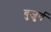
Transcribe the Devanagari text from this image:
बुजु्र्ग